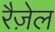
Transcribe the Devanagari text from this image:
रैज़ेल